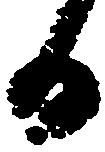
日